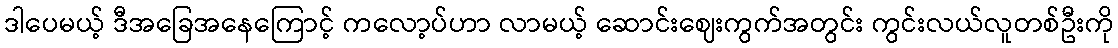
ဒါပေမယ့် ဒီအခြေအနေကြောင့် ကလော့ပ်ဟာ လာမယ့် ဆောင်းဈေးကွက်အတွင်း ကွင်းလယ်လူတစ်ဦးကို